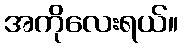
အကိုလေးရယ်။